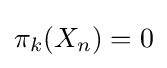
\pi _{k}(X_{n})=0